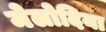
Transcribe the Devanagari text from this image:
मेलोदिया